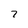
Character: 7